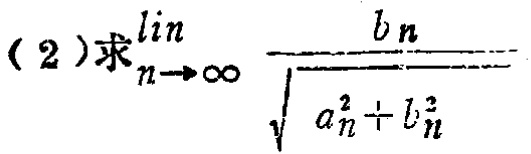
(2)求$\lim_{n \to \infty} \frac{b_n}{\sqrt{a_n^{2}+b_n^{2}}}$